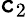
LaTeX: \mathtt{c}_{2}